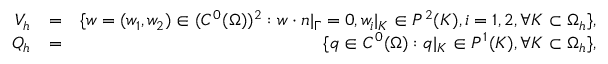
\begin{array} { r l r } { V _ { h } } & { = } & { \{ w = ( w _ { 1 } , w _ { 2 } ) \in ( C ^ { 0 } ( \Omega ) ) ^ { 2 } : w \cdot n | _ { \Gamma } = 0 , w _ { i } | _ { K } \in P ^ { 2 } ( K ) , i = 1 , 2 , \forall K \subset \Omega _ { h } \} , } \\ { Q _ { h } } & { = } & { \{ q \in C ^ { 0 } ( \Omega ) : q | _ { K } \in P ^ { 1 } ( K ) , \forall K \subset \Omega _ { h } \} , } \end{array}